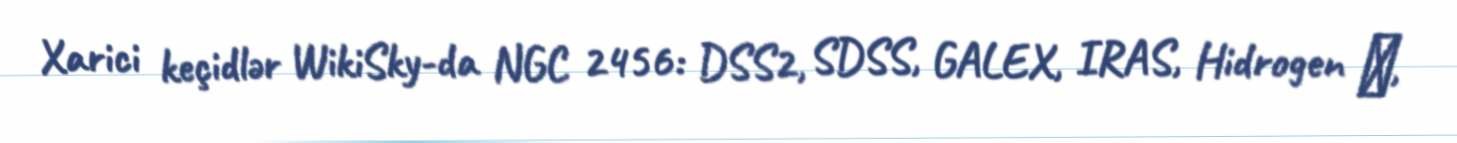
Xarici keçidlər WikiSky-da NGC 2456: DSS2, SDSS, GALEX, IRAS, Hidrogen α,